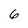
Character: 6